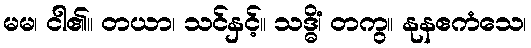
မမ၊ ငါ၏။ တယာ၊ သင်နှင့်။ သဒ္ဓိံ၊ တကွ။ နုနဧကံသေ၊